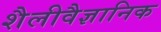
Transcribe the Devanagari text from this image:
शैलीवैज्ञानिक